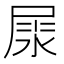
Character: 𡲘